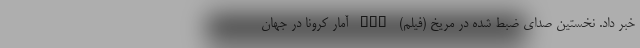
خبر داد. نخستین صدای ضبط شده در مریخ‌ (فیلم) nan آمار کرونا در جهان